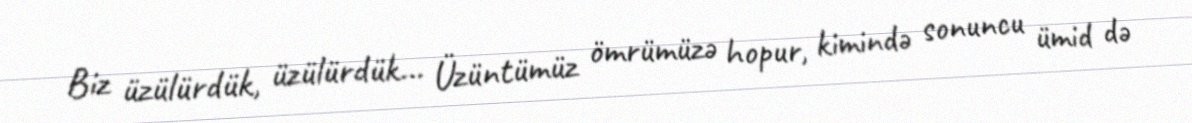
Biz üzülürdük, üzülürdük… Üzüntümüz ömrümüzə hopur, kimində sonuncu ümid də